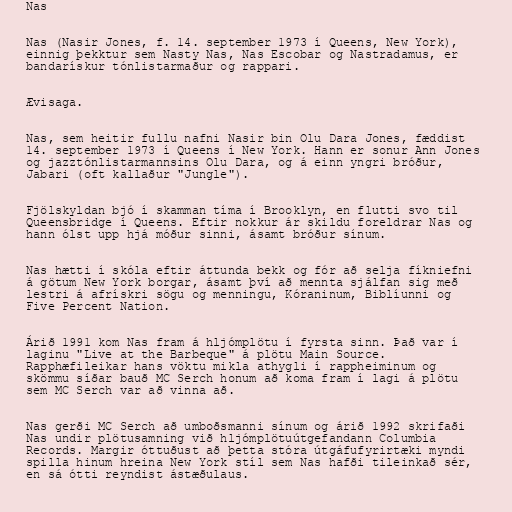
Nas

Nas (Nasir Jones, f. 14. september 1973 í Queens, New York),
einnig þekktur sem Nasty Nas, Nas Escobar og Nastradamus, er
bandarískur tónlistarmaður og rappari.

Ævisaga.

Nas, sem heitir fullu nafni Nasir bin Olu Dara Jones, fæddist
14. september 1973 í Queens í New York. Hann er sonur Ann Jones
og jazztónlistarmannsins Olu Dara, og á einn yngri bróður,
Jabari (oft kallaður "Jungle").

Fjölskyldan bjó í skamman tíma í Brooklyn, en flutti svo til
Queensbridge í Queens. Eftir nokkur ár skildu foreldrar Nas og
hann ólst upp hjá móður sinni, ásamt bróður sínum.

Nas hætti í skóla eftir áttunda bekk og fór að selja fíkniefni
á götum New York borgar, ásamt því að mennta sjálfan sig með
lestri á afrískri sögu og menningu, Kóraninum, Biblíunni og
Five Percent Nation.

Árið 1991 kom Nas fram á hljómplötu í fyrsta sinn. Það var í
laginu "Live at the Barbeque" á plötu Main Source.
Rapphæfileikar hans vöktu mikla athygli í rappheiminum og
skömmu síðar bauð MC Serch honum að koma fram í lagi á plötu
sem MC Serch var að vinna að.

Nas gerði MC Serch að umboðsmanni sínum og árið 1992 skrifaði
Nas undir plötusamning við hljómplötuútgefandann Columbia
Records. Margir óttuðust að þetta stóra útgáfufyrirtæki myndi
spilla hinum hreina New York stíl sem Nas hafði tileinkað sér,
en sá ótti reyndist ástæðulaus.